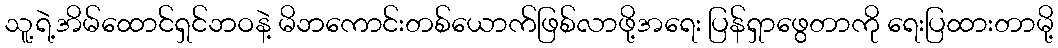
သူ့ရဲ့အိမ်ထောင်ရှင်ဘဝနဲ့ မိဘကောင်းတစ်ယောက်ဖြစ်လာဖို့အရေး ပြန်ရှာဖွေတာကို ရေးပြထားတာမို့